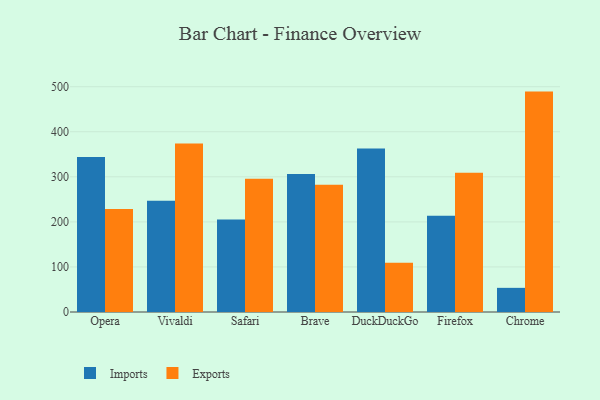
{"axis": {"x": "Browser", "y": "Production Output"}, "legend": ["Exports", "Imports"], "data": [{"x": "Opera", "y": 343.9, "type": "Imports"}, {"x": "Opera", "y": 228.7, "type": "Exports"}, {"x": "Vivaldi", "y": 247.1, "type": "Imports"}, {"x": "Vivaldi", "y": 374.1, "type": "Exports"}, {"x": "Safari", "y": 205.1, "type": "Imports"}, {"x": "Safari", "y": 295.5, "type": "Exports"}, {"x": "Brave", "y": 306.2, "type": "Imports"}, {"x": "Brave", "y": 282.5, "type": "Exports"}, {"x": "DuckDuckGo", "y": 363.0, "type": "Imports"}, {"x": "DuckDuckGo", "y": 109.1, "type": "Exports"}, {"x": "Firefox", "y": 213.7, "type": "Imports"}, {"x": "Firefox", "y": 308.8, "type": "Exports"}, {"x": "Chrome", "y": 53.6, "type": "Imports"}, {"x": "Chrome", "y": 489.1, "type": "Exports"}]}